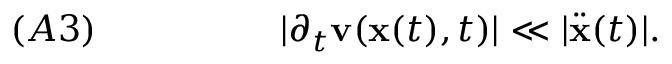
( A 3 ) \; \; \; \; \; \; \; \; \; \; \; \; \; \; \; \; \; \; | \partial _ { t } { \mathbf v } ( { \mathbf x } ( t ) , t ) | \ll | \ddot { { \mathbf x } } ( t ) | .